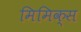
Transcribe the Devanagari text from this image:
मिमिक्स